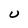
Character: U